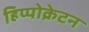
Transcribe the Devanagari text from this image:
हिप्पोक्रेटन